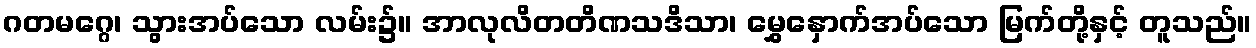
ဂတမဂ္ဂေ၊ သွားအပ်သော လမ်း၌။ အာလုလိတတိဏသဒိသာ၊ မွှေနှောက်အပ်သော မြက်တို့နှင့် တူသည်။